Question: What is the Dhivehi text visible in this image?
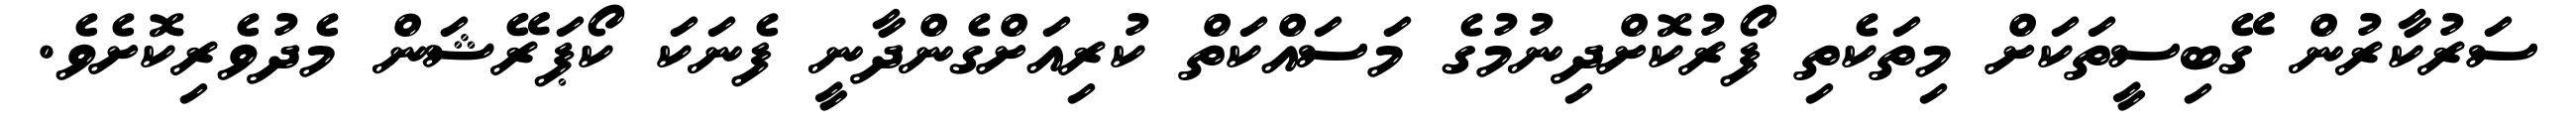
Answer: ސަރުކާރުން ގޭބިސީތަކަށް މިތަކެތި ފޯރުކޮށްދިނުމުގެ މަސައްކަތް ކުރިއަށްގެންދާނީ ފެނަކަ ކޯޕަރޭޝަން މެދުވެރިކޮށެވެ.